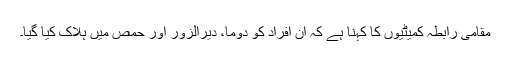
مقامی رابطہ کمیٹیوں کا کہنا ہے کہ ان افراد کو دوما، دیرالزور اور حمص میں ہلاک کیا گیا۔